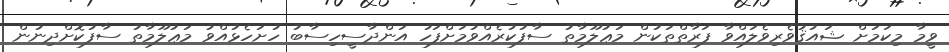
ވީމާ މިކަމަށް ޝައުޤުވެރިވެލައްވާ ފަރާތްތަކުން މަޢުލޫމާތު ސާފުކުރެއްވުމަށްފަހު އަންދާސީހިސާބު ހުށަހެޅުއްވު މަޢުލޫމާތު ސާފުކޮށްދިނުން